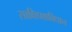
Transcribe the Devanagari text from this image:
साक्षिप्रश्नविधान